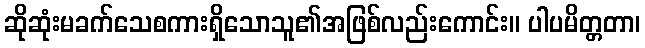
ဆိုဆုံးမခက်သေစကားရှိသောသူ၏အဖြစ်လည်းကောင်း။ ပါပမိတ္တတာ၊